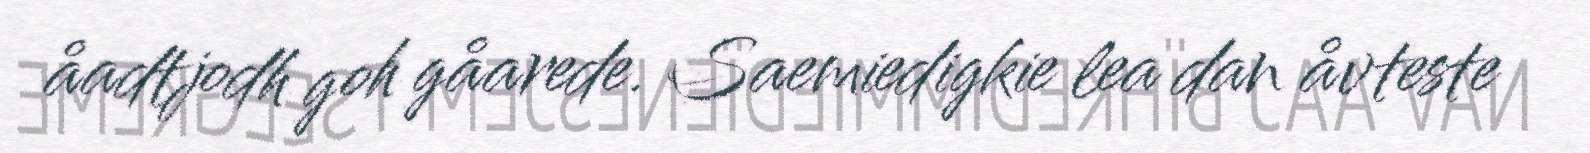
åadtjodh goh gåarede. Saemiedigkie lea dan åvteste